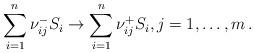
LaTeX: \begin{align*}\sum_{i = 1}^n \nu_{ij}^{-} S_i \to \sum_{i=1}^n \nu_{ij}^{+}S_i, j = 1, \ldots, m\,.\end{align*}